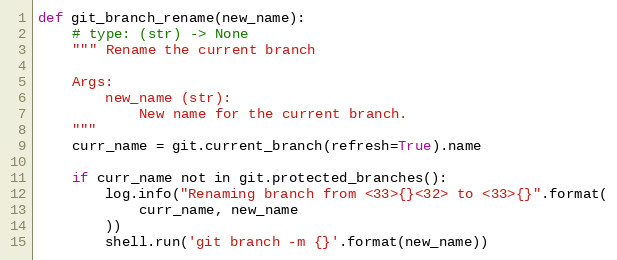
Language: Python
def git_branch_rename(new_name):
    # type: (str) -> None
    """ Rename the current branch

    Args:
        new_name (str):
            New name for the current branch.
    """
    curr_name = git.current_branch(refresh=True).name

    if curr_name not in git.protected_branches():
        log.info("Renaming branch from <33>{}<32> to <33>{}".format(
            curr_name, new_name
        ))
        shell.run('git branch -m {}'.format(new_name))